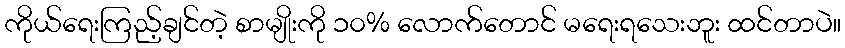
ကိုယ်ရေးကြည့်ချင်တဲ့ စာမျိုးကို ၁၀% လောက်တောင် မရေးရသေးဘူး ထင်တာပဲ။